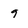
Character: 9